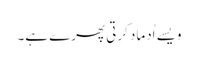
ویسے اُدماد کرتی پھرے ہے۔